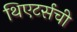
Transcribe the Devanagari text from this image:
थिएटर्सची